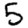
Digit: 5